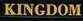
KINGDOM